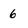
Character: 6